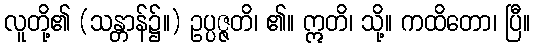
လူတို့၏ (သန္တာန်၌။) ဥပ္ပဇ္ဇတိ၊ ၏။ ဣတိ၊ သို့။ ကထိတော၊ ပြီ။